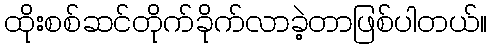
ထိုးစစ်ဆင်တိုက်ခိုက်လာခဲ့တာဖြစ်ပါတယ်။